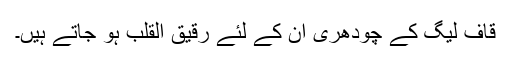
قاف لیگ کے چودھری ان کے لئے رقیق القلب ہو جاتے ہیں۔